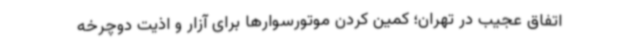
اتفاق عجیب در تهران؛ کمین کردن موتورسوارها برای آزار و اذیت دوچرخه